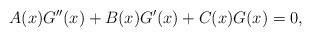
\begin{align*}A(x) G^{\prime \prime }(x) +B(x)G^{\prime}(x) +C(x)G(x) =0,\end{align*}